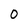
Character: 0